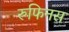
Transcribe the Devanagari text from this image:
रुफिनस